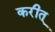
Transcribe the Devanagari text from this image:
करीत्